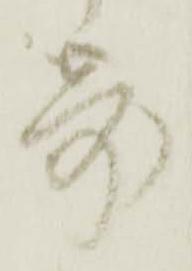
寄